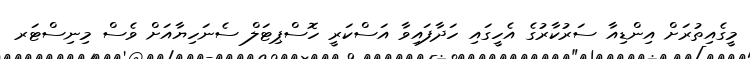
މީގެއިތުރަށް އިންޑިއާ ސަރުކާރުގެ އެހީގައި ހަދާފައިވާ އަސްކަރީ ހޮސްޕިޓަލް ސެނަހިޔާއަށް ވެސް މިނިސްޓަރ